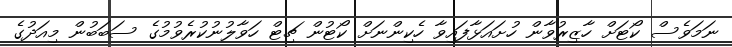
ނަމަވެސް ކޯޓަށް ހާޒިރުވާން ހުށައަޅާފައިވާ ހެކިންނަށް ކޯޓުން ޗިޓް ހަވާލުނުކުރެވުމުގެ ސަބަބުން މިއަދުގެ